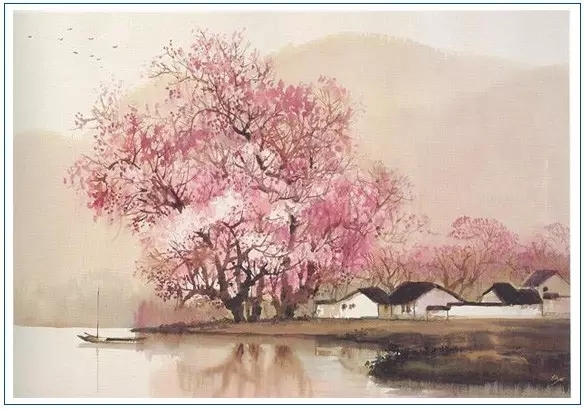
漠漠秋云起，稍稍夜寒生。